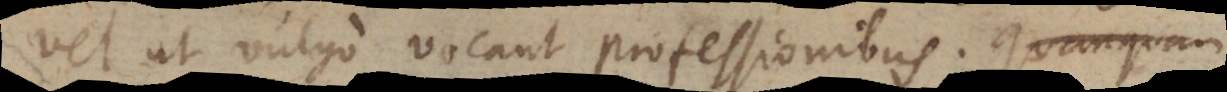
vel ut vulgo vocant professionibus. Quanquam